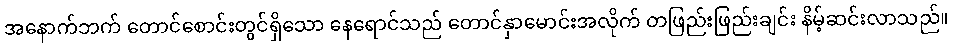
အနောက်ဘက် တောင်စောင်းတွင်ရှိသော နေရောင်သည် တောင်နှာမောင်းအလိုက် တဖြည်းဖြည်းချင်း နိမ့်ဆင်းလာသည်။